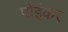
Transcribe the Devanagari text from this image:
पोइंकर